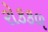
રોકકળ